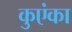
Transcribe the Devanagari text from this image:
कुएंका